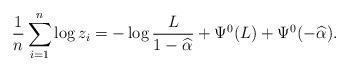
LaTeX: \begin{align*} \frac{1}{n} \sum_{i=1}^n\log z_i = -\log \frac{L}{1-\widehat\alpha_{}} + \Psi^0(L) + \Psi^0(-\widehat\alpha_{}).\end{align*}